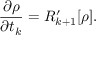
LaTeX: { \frac { \partial \rho } { \partial t _ { k } } } = { \cal R } _ { k + 1 } ^ { \prime } [ \rho ] .